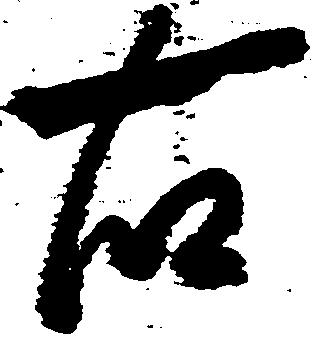
右